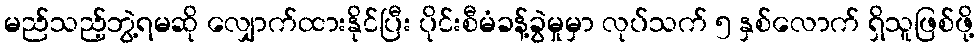
မည်သည့်ဘွဲ့ရမဆို လျှောက်ထားနိုင်ပြီး ပိုင်းစီမံခန့်ခွဲမှုမှာ လုပ်သက် ၅ နှစ်လောက် ရှိသူဖြစ်ဖို့